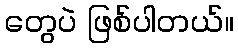
တွေပဲ ဖြစ်ပါတယ်။